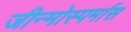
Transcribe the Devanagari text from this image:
जीन्मोस्पर्मास